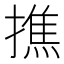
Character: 撨